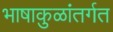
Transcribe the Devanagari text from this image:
भाषाकुळांतर्गत